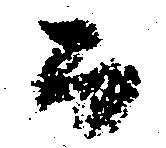
而